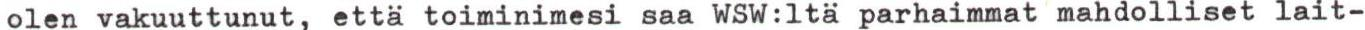
olen vakuuttunut, että toiminimesi saa WSW:ltä parhaimmat mahdolliset lait-